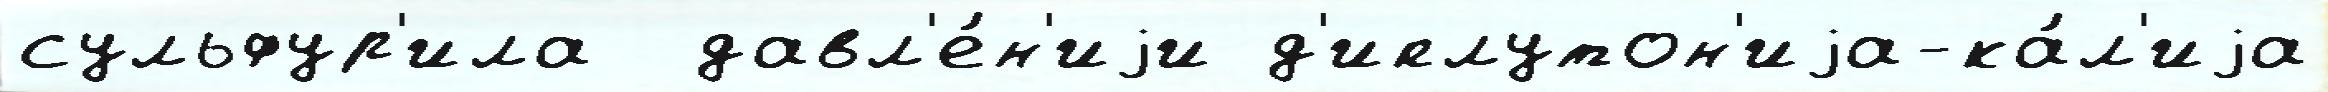
сульфур'ила  давл'е́н'иjи д'иплутон'иjа-ка́л'иjа